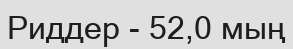
Риддер - 52,0 мың